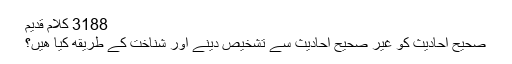
3188 کلام قدیم
صحیح احادیث کو غیر صحیح احادیث سے تشخیص دینے اور شناخت کے طریقه کیا هیں؟